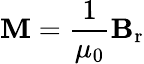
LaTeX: \mathbf{M}={\frac{1}{\mu_{0}}}\mathbf{B}_{\mathrm{r}}